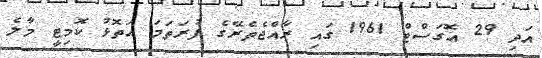
އަދި 29 އޮގަސްޓް 1961 ގައި ރާއްޖެތެރޭގެ ފުރަތަމަ އަތޮޅު ކޮމިޓީ މާލެ